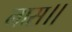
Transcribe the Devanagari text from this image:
नास।।